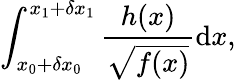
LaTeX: \int_{x_{0}+\delta x_{0}}^{x_{1}+\delta x_{1}}\frac{h(x)}{\sqrt{f(x)}}\mathrm{d}x,